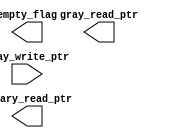
module read_ptr_hold #(parameter depth = 45)(

    input wire [$clog2(depth)-1 : 0] gray_write_ptr,

    output wire empty_flag,
    output wire[$clog2(depth)-1 : 0] gray_read_ptr, binary_read_ptr
    );


endmodule